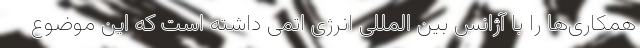
همکاری‌ها را با آژانس بین المللی انرژی اتمی داشته است که این موضوع